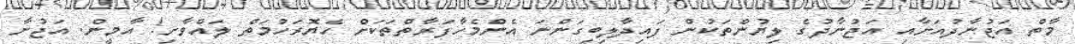
މާތް އަޖުނާދުއަށާއި އަޖުނާދުގެ ލިޔުންތަކުން ފައިދާލިބިގަންނަ އެންމެހާފަރާތްތަކަށް ހެޔޮރަހުމަތް ލައްވާށި! އާމީން. އަޖުނާ